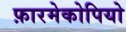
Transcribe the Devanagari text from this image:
फ़ारमेकोपियो